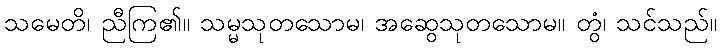
သမေတိ၊ ညီကြ၏။ သမ္မသုတသောမ၊ အဆွေသုတသောမ။ တွံ၊ သင်သည်။